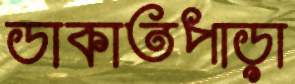
ডাকাতপাড়া